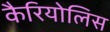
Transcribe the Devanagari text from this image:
कैरियोलिस